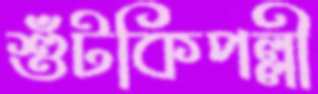
শুঁটকিপল্লী